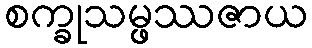
စက္ခုသမ္ဖဿဇာယ